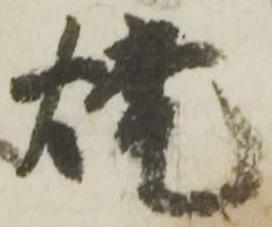
焼